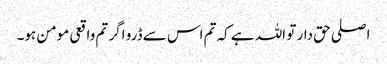
اصلی حق دار تو اللہ ہے کہ تم اس سے ڈرو اگر تم واقعی مومن ہو۔